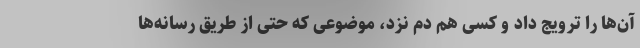
آن‌ها را ترویج داد و کسی هم دم نزد، موضوعی که حتی از طریق‌ رسانه‌ها